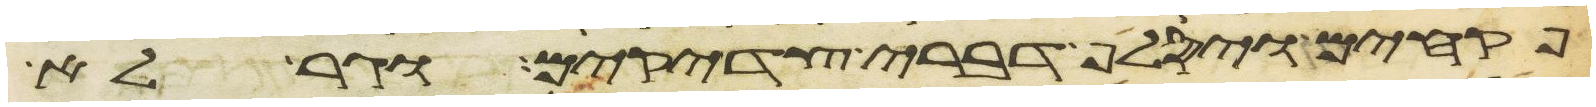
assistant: פקחים ויסלף דברי צדקים וגר לא